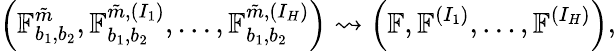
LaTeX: \left(\mathbb{F}_{b_{1},b_{2}}^{\tilde{m}},\mathbb{F}_{b_{1},b_{2}}^{\tilde{m},(I_{1})},\ldots,\mathbb{F}_{b_{1},b_{2}}^{\tilde{m},(I_{H})}\right)\rightsquigarrow\left(\mathbb{F},\mathbb{F}^{(I_{1})},\ldots,\mathbb{F}^{(I_{H})}\right),